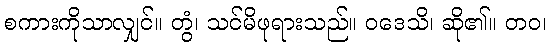
စကားကိုသာလျှင်။ တွံ၊ သင်မိဖုရားသည်။ ဝဒေသိ၊ ဆို၏။ တဝ၊